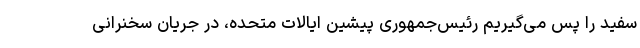
سفید را پس می‌گیریم رئیس‌جمهوری پیشین ایالات متحده، در جریان سخنرانی